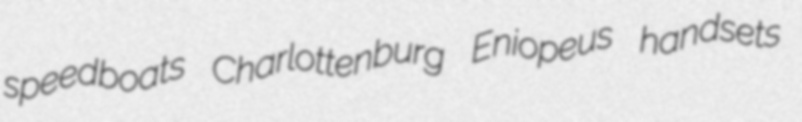
speedboats Charlottenburg Eniopeus handsets